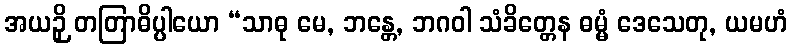
အယဉှိ တတြာဓိပ္ပါယော “သာဓု မေ, ဘန္တေ, ဘဂဝါ သံခိတ္တေန ဓမ္မံ ဒေသေတု, ယမဟံ